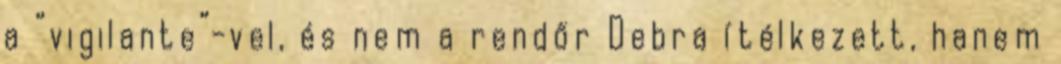
a “vigilante”-vel, és nem a rendőr Debra ítélkezett, hanem